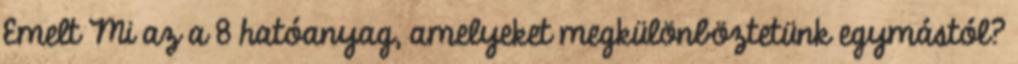
Emelt Mi az a 8 hatóanyag, amelyeket megkülönböztetünk egymástól?